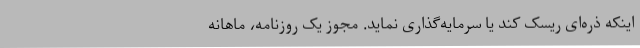
اینکه ذره‌ای ریسک کند یا سرمایه‌گذاری نماید. مجوز یک روزنامه، ماهانه